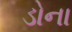
ડોના